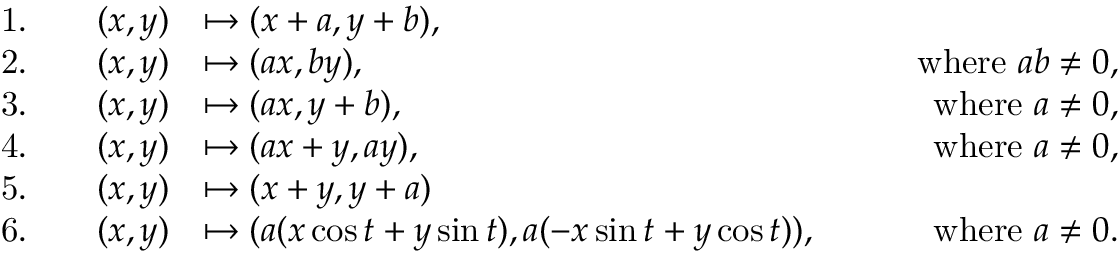
{ \begin{array} { r l r l r } { { \mathrm { 1 . } } } & { } & { ( x , y ) } & { \mapsto ( x + a , y + b ) , } \\ { { \mathrm { 2 . } } } & { } & { ( x , y ) } & { \mapsto ( a x , b y ) , } & { \qquad { \mathrm { w h e r e ~ } } a b \neq 0 , } \\ { { \mathrm { 3 . } } } & { } & { ( x , y ) } & { \mapsto ( a x , y + b ) , } & { \qquad { \mathrm { w h e r e ~ } } a \neq 0 , } \\ { { \mathrm { 4 . } } } & { } & { ( x , y ) } & { \mapsto ( a x + y , a y ) , } & { \qquad { \mathrm { w h e r e ~ } } a \neq 0 , } \\ { { \mathrm { 5 . } } } & { } & { ( x , y ) } & { \mapsto ( x + y , y + a ) } \\ { { \mathrm { 6 . } } } & { } & { ( x , y ) } & { \mapsto ( a ( x \cos t + y \sin t ) , a ( - x \sin t + y \cos t ) ) , } & { \qquad { \mathrm { w h e r e ~ } } a \neq 0 . } \end{array} }